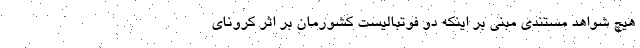
هیچ شواهد مستندی مبنی بر اینکه دو فوتبالیست کشورمان بر اثر کرونای